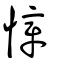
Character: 慞